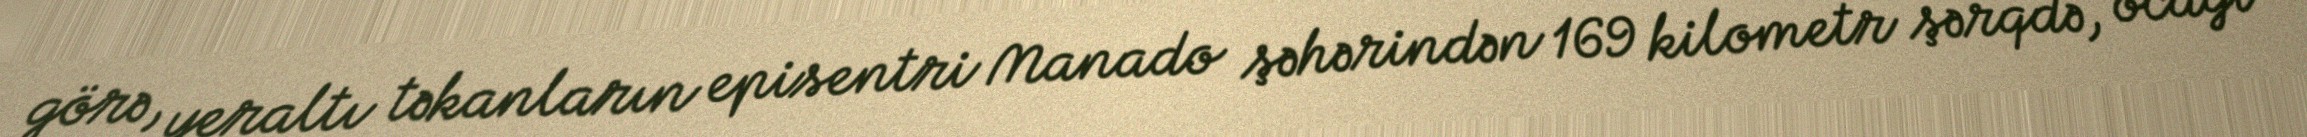
görə, yeraltı təkanların episentri Manado şəhərindən 169 kilometr şərqdə, ocağı